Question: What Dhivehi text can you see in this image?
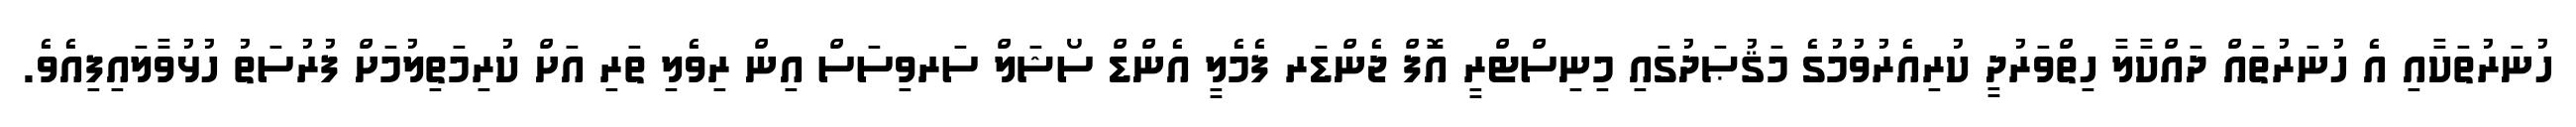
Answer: ހުނަރުތަކާއި އެ ހުނަރުތައް ދައްކާލާ ހިތްވަރުދީ ކުރިއެރުވުމުގެ މަޤުޞަދުގައި މިނިސްޓްރީ އޮފް ޖެންޑަރ ފެމެލީ އެންޑް ސޯޝަލް ސަރވިސަސް އިން ރިވެލި ތަރި އަށް ކުރިމަތިލުމަށް ފުރުސަތު ހުޅުވާލައިފިއެވެ.